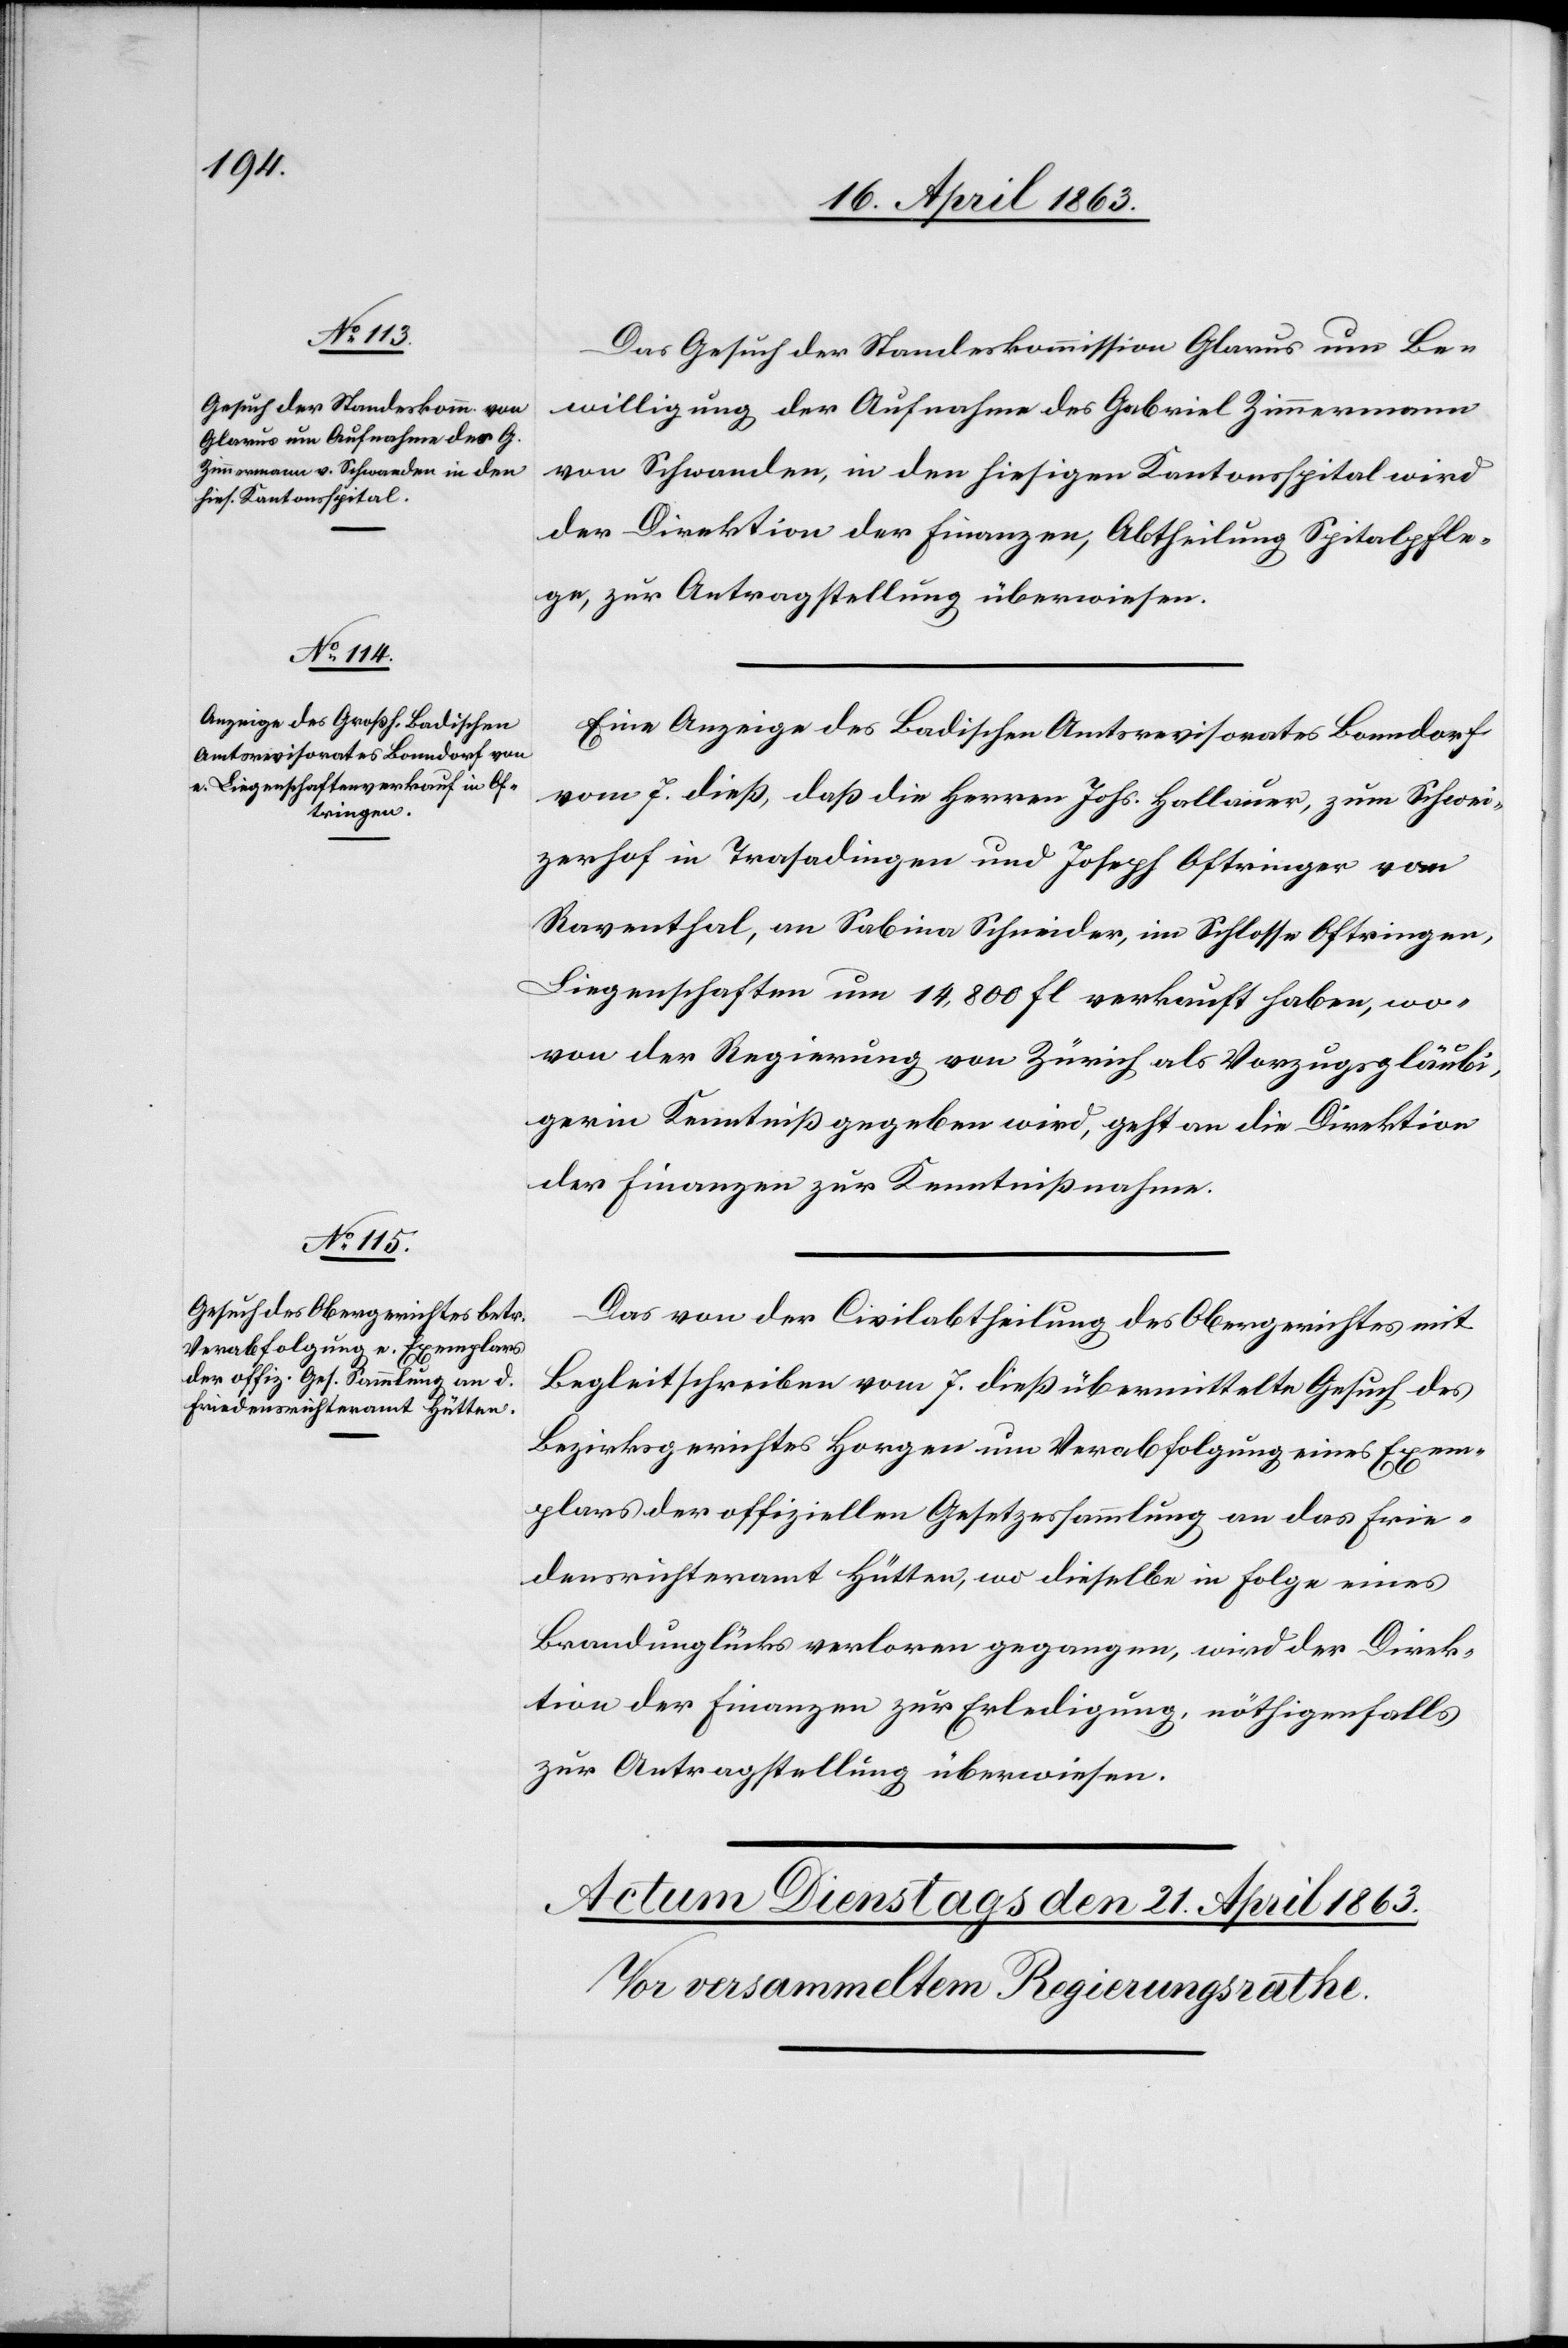
20. April 1863.]
Das Gesuch der Standeskommission Glarus um Be¬
willigung der Aufnahme des Gabriel Zimmermann
von Schwanden, in den hiesigen Kantonsspital wird
der Direktion der Finanzen, Abtheilung Spitalspfle¬
ge, zur Antragstellung überwiesen.
Eine Anzeige des Badischen Amtsrevisorates Bonndorf
vom 7. dieß, daß die Herren Johs. Hallauer, zum Schwei¬
zerhof in Trasadingen und Joseph Oftringer vom
Raventhal, an Sabina Schneider, im Schlosse Oftringen,
Liegenschaften um 14,800 fl. verkauft haben, wo¬
von der Regierung von Zürich als Vorzugsgläubi¬
gerin Kenntniß gegeben wird, geht an die Direktion
der Finanzen zur Kenntnißnahme.
Das von der Civilabtheilung des Obergerichtes mit
Begleitschreiben vom 7. dieß übermittelte Gesuch des
Bezirksgerichtes Horgen um Verabfolgung eines Exem¬
plares der offiziellen Gesetzessammlung an das Frie¬
densrichteramt Hütten, wo dieselbe in Folge eines
Brandunglücks verloren gegangen, wird der Direk¬
tion der Finanzen zur Erledigung, nöthigenfalls
zur Antragstellung überwiesen.